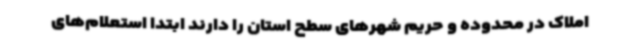
املاک در محدوده و حریم شهرهای سطح استان را دارند ابتدا استعلام‌های